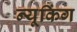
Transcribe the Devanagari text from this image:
न्यूकिंग